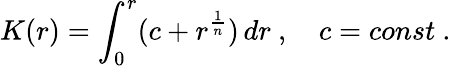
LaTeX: K(r)=\int_{0}^{r}(c+r^{\frac{1}{n}})\, dr\ ,\ \ \ \ c=const\ .